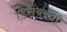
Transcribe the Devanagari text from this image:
डिसेंबरचा